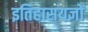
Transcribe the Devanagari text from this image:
इतिहासयज्ञों